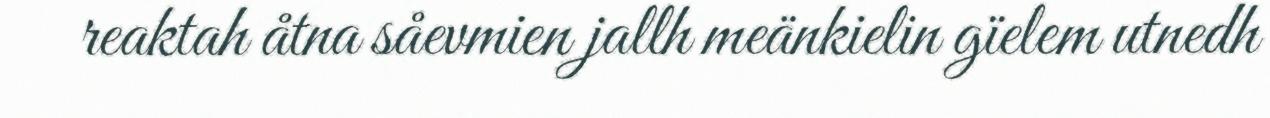
reaktah åtna såevmien jallh meänkielin gïelem utnedh